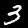
Label: 3